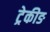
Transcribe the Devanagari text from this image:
ट्रेकीङ